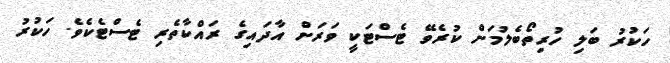
ހަކުރު ބަލި ހުރިތޯބެލުމަށް ކުރެވޭ ޓެސްޓަކީ ވަރަށް އާދައިގެ ރައްކާތެރި ޓެސްޓެކެވެ. ހަކުރު